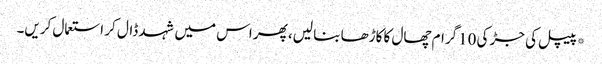
*پیپل کی جڑ کی 10گرام چھال کا کاڑھا بنا لیں، پھر اس میں شہد ڈال کر استعمال کریں۔